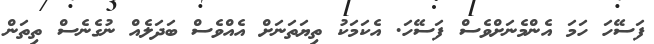
ފަސޭހަ ހަމަ އެންމެނަށްވެސް ފަސޭހަ. އެކަމަކު ތިޔަތަނަށް އެއްވެސް ބަދަލެއް ނުގެނެސް ތިތަން